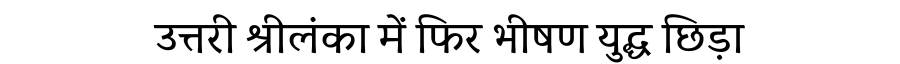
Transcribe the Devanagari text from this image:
उत्तरी श्रीलंका में फिर भीषण युद्ध छिड़ा